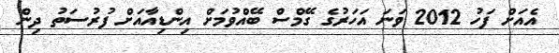
އެއަށް ފަހު 2012 ވަނަ އަހަރުގެ ގޭމްސް ބޭއްވުމަށް އިންޑިއާއަށް ފުރުސަތު ދިން